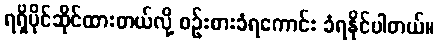
ရရှိပိုင်ဆိုင်ထားတယ်လို့ စဉ်းစားခံရကောင်း ခံရနိုင်ပါတယ်။